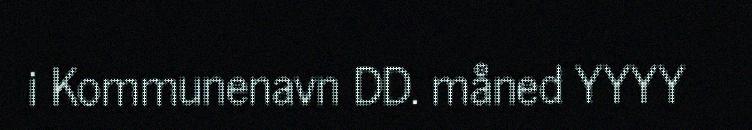
i Kommunenavn DD. måned YYYY